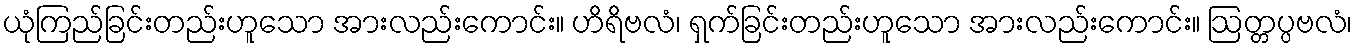
ယုံကြည်ခြင်းတည်းဟူသော အားလည်းကောင်း။ ဟိရိဗလံ၊ ရှက်ခြင်းတည်းဟူသော အားလည်းကောင်း။ ဩတ္တပ္ပဗလံ၊